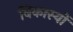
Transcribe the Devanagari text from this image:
विकास्यों